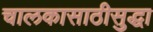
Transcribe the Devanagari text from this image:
चालकासाठीसुद्धा